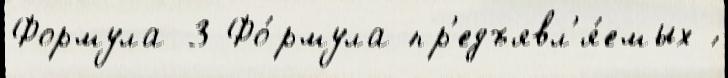
Формула-3 Фо́рмула пр'едъявл'я́емых ́